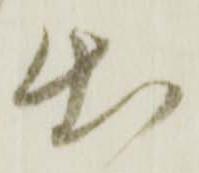
出